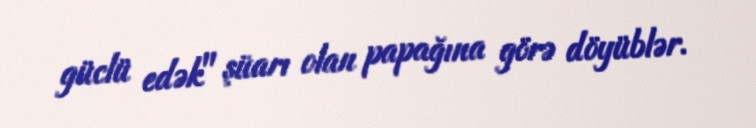
güclü edək" şüarı olan papağına görə döyüblər.